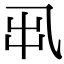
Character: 𠃨